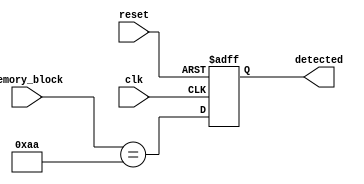
module flip_flop_detector (
    input wire clk,
    input wire reset,
    input wire [N-1:0] memory_block, // Input memory block to be analyzed
    output reg detected // Signal indicating if any flip-flop was detected
);
    parameter N = 8; // Number of bits in the memory block
    parameter DETECTION_PATTERN = 8'b10101010; // Example pattern to indicate flip-flops

    always @(posedge clk or posedge reset) begin
        if (reset) begin
            detected <= 0; // Reset the detected signal
        end else begin
            // Check if the memory block matches the flip-flop detection pattern
            detected <= (memory_block == DETECTION_PATTERN);
        end
    end
endmodule